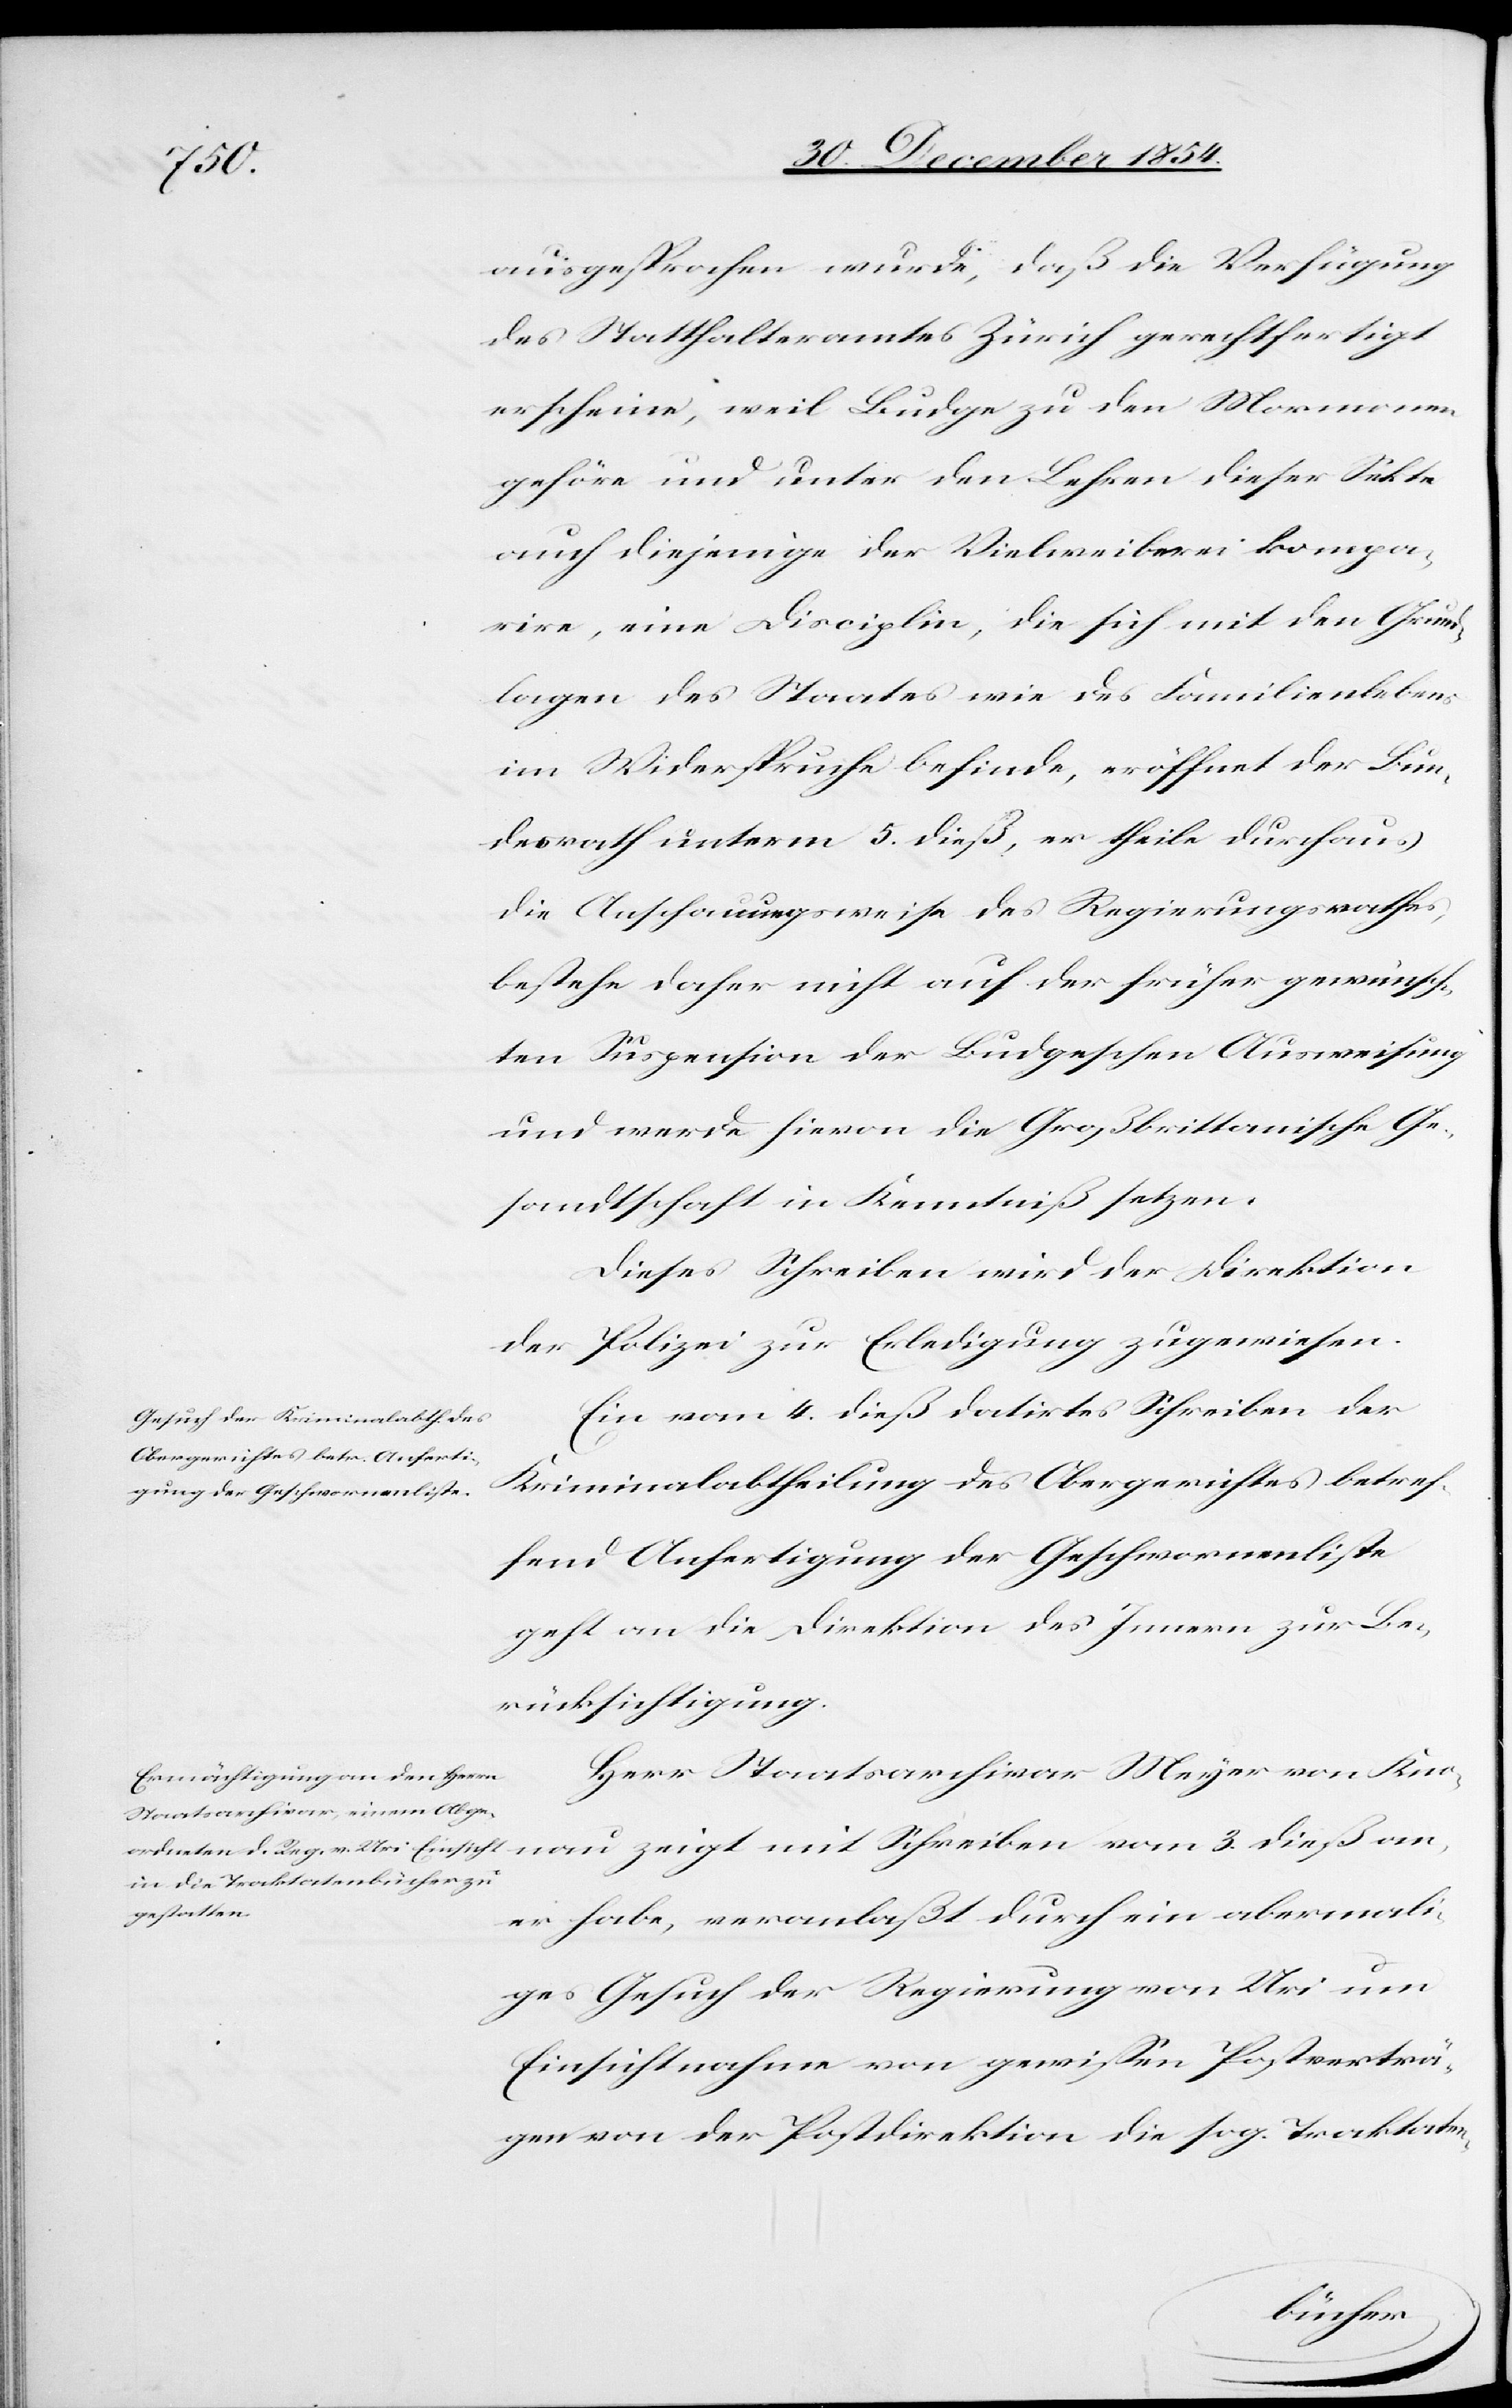
6. Januar 1855.]
ausgesprochen wurde, daß die Verfügung
des Statthalteramtes Zürich gerechtfertigt
erscheine, weil Budge zu den Mormonen
gehöre und unter den Lehren dieser Sekte
auch diejenige der Vielweiberei kompa¬
rire, eine Disciplin, die sich mit den Grund¬
lagen des Staates wie des Familienlebens
im Widerspruche befinde, eröffnet der Bun¬
desrath unterm 5. dieß, er theile durchaus
die Anschauungsweise des Regierungsrathes,
bestehe daher nicht auf der früher gewünsch¬
ten Suspension der Budgeschen Ausweisung
und werde hievon die Großbrittanische Ge¬
sandtschaft in Kenntniß setzen.
Dieses Schreiben wird der Direktion
der Polizei zur Erledigung überwiesen.
Ein vom 4. dieß datirtes Schreiben der
Kriminalabtheilung des Obergerichtes betref¬
fend Anfertigung der Geschwornenliste
geht an die Direktion des Innern zur Be¬
rücksichtigung.
Herr Staatsarchivar Meyer von Kno¬
nau zeigt mit Schreiben vom 3. dieß an,
er habe, veranlaßt durch ein abermali¬
ges Gesuch der Regierung von Uri um
Einsichtnahme von gewißen Postverträ¬
gen von der Postdirektion die sog. Traktaten-
den